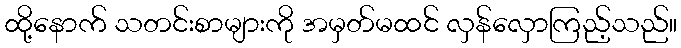
ထို့နောက် သတင်းစာများကို အမှတ်မထင် လှန်လှောကြည့်သည်။